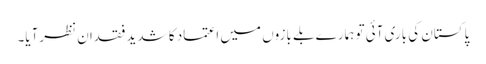
پاکستان کی باری آئی تو ہمارے بلے بازوں میں اعتماد کا شدید فقدان نظرآیا۔